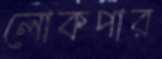
লোকপার